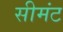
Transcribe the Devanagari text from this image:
सीमंट